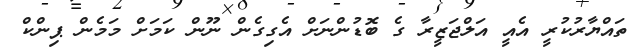
ތައްޔާރުކުރީ އެއީ އަލްޖަޒީރާ ގެ ބޮޑުންނަށް އެގިގެން ނޫން ކަމަށް މަމެން ޕިންކް